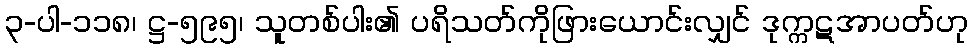
၃-ပါ-၁၁၈၊ ဋ္ဌ-၅၉၅၊ သူတစ်ပါး၏ ပရိသတ်ကိုဖြားယောင်းလျှင် ဒုက္ကဋအာပတ်ဟု